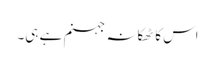
اس کا ٹھکانہ جہنم ہے ہی۔